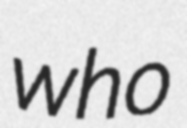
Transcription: who